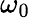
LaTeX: \omega_{\mathrm{0}}